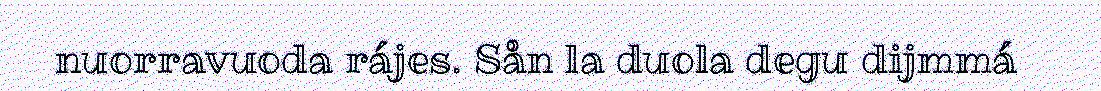
nuorravuoda rájes. Sån la duola degu dijmmá